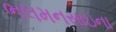
ભલમનસાઇના